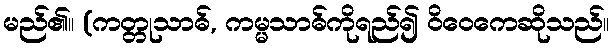
မည်၏။ (ကတ္တုသာဓ်, ကမ္မသာဓ်ကိုရည်၍ ဝိဝေကေဆိုသည်။